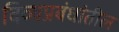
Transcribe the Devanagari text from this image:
दिव्यप्रबंधांतील